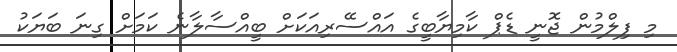
މި ފިލްމުން ޖޮނީ ޑެޕް ކާމިޔާބީގެ އައްސޭރިއަކަށް ބީއްސާލާނެ ކަމަށް ގިނަ ބަޔަކު